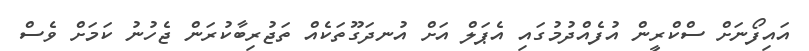
އައިފޯނަށް ސްކްރީން އުފެއްދުމުގައި އެޕަލް އަށް އުނދަގޫތަކެއް ތަޖުރިބާކުރަން ޖެހުނު ކަމަށް ވެސް